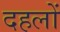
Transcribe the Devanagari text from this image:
दहलों